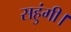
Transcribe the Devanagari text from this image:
सहुंगी।